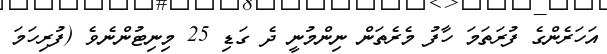
އަހަރެންގެ ފުރަތަމަ ހާފު މެރެތަން ނިންމުނީ ދެ ގަޑި 25 މިނިޓުންނެވެ (ފުރިހަމަ